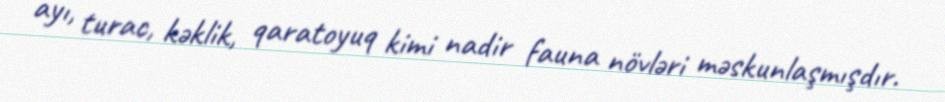
ayı, turac, kəklik, qaratoyuq kimi nadir fauna növləri məskunlaşmışdır.